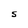
Character: S